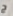
ج